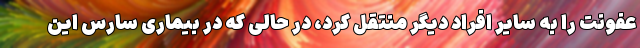
عفونت را به سایر افراد دیگر منتقل کرد، در حالی که در بیماری سارس این